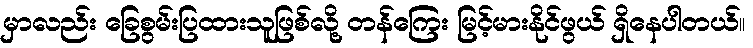
မှာလည်း ခြေစွမ်းပြထားသူဖြစ်လို့ တန်ကြေး မြင့်မားနိုင်ဖွယ် ရှိနေပါတယ်။